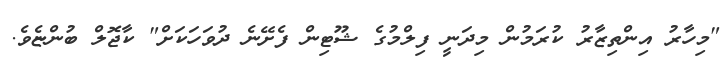
"މިހާރު އިންތިޒާރު ކުރަމުން މިދަނީ ފިލްމުގެ ޝޫޓިން ފެށޭނެ ދުވަހަަކަށް" ކާޖޮލް ބުންޏެވެ.